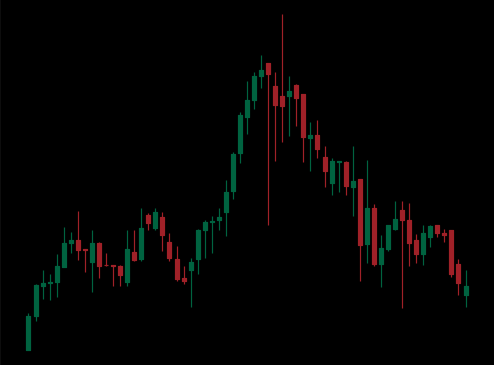
Pattern: head_shoulders